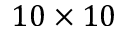
1 0 \times 1 0